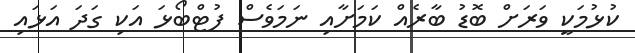
ކުޅުމަކީ ވަރަށް ބޮޑު ބާރެއް ކަމަށާއި ނަމަވެސް ފުޓްބޯޅަ އަކި ގަދަ އަޅައި